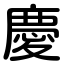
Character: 慶